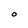
Character: O